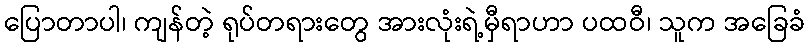
ပြောတာပါ၊ ကျန်တဲ့ ရုပ်တရားတွေ အားလုံးရဲ့မှီရာဟာ ပထဝီ၊ သူက အခြေခံ